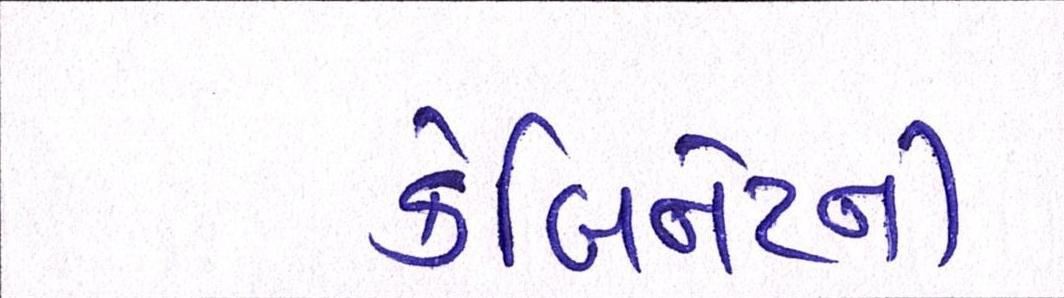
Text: કેબિનેટની